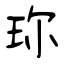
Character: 珎